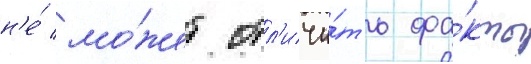
н'е́ мо́жет отл'ичи́ть фа́кты